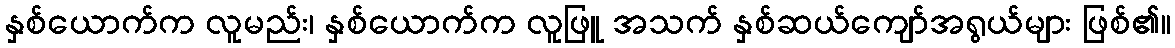
နှစ်ယောက်က လူမည်း၊ နှစ်ယောက်က လူဖြူ အသက် နှစ်ဆယ်ကျော်အရွယ်များ ဖြစ်၏။